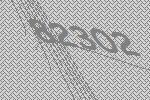
82302